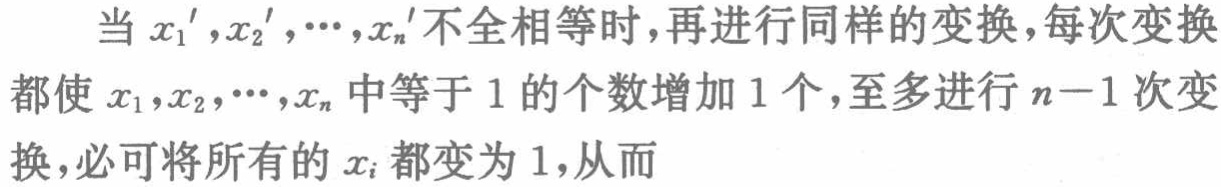
当 \(x_1',x_2',\cdots,x_n'\)不全相等时，再进行同样的变换，每次变换都使 \(x_1,x_2,\cdots,x_n\)中等于 \(1\) 的个数增加 \(1\) 个，至多进行 \(n - 1\) 次变换，必可将所有的 \(x_i\) 都变为 \(1\)，从而